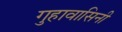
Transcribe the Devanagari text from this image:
गुहावासिनी